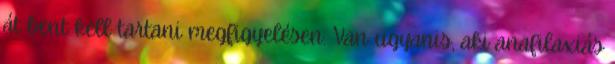
át bent kell tartani megfigyelésen. Van ugyanis, aki anafilaxiás